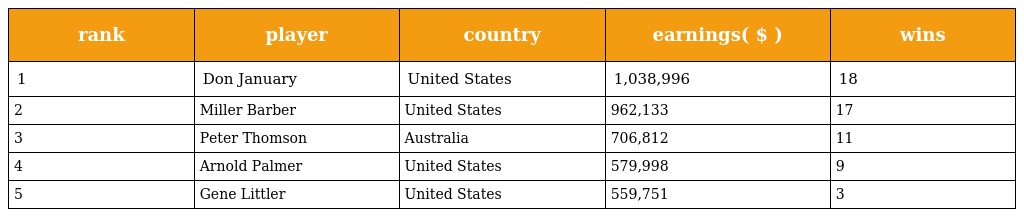
| rank | player | country | earnings( $ ) | wins |
 | --- | --- | --- | --- | --- |
 | 1 | Don January | United States | 1,038,996 | 18 |
 | 2 | Miller Barber | United States | 962,133 | 17 |
 | 3 | Peter Thomson | Australia | 706,812 | 11 |
 | 4 | Arnold Palmer | United States | 579,998 | 9 |
 | 5 | Gene Littler | United States | 559,751 | 3 |